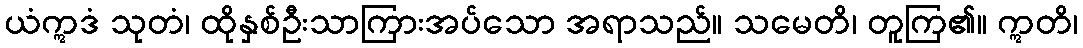
ယံဣဒံ သုတံ၊ ထိုနှစ်ဦးသာကြားအပ်သော အရာသည်။ သမေတိ၊ တူကြ၏။ ဣတိ၊